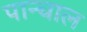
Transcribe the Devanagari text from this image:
पान्चाल